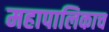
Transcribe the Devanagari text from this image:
महापालिकाच